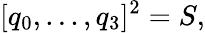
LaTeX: [q_{0},...,q_{3}]^{2}=S,